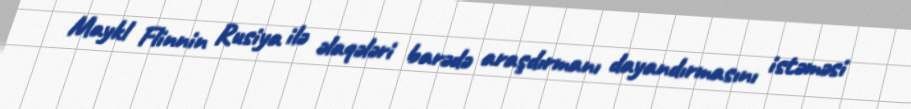
Maykl Flinnin Rusiya ilə əlaqələri barədə araşdırmanı dayandırmasını istəməsi